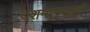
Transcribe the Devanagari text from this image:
दशमानपद्धती